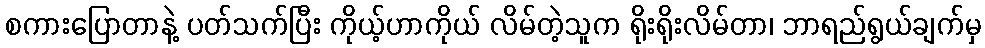
စကားပြောတာနဲ့ ပတ်သက်ပြီး ကိုယ့်ဟာကိုယ် လိမ်တဲ့သူက ရိုးရိုးလိမ်တာ၊ ဘာရည်ရွယ်ချက်မှ